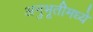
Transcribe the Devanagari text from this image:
अनुभूतीमध्ये